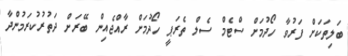
ބަލިތަކަށް ފަރުވާ ހޯދުމަށް ސްޓެމް ސެލް ތެރަޕީ ހޯދުމަށް ރާއްޖެއިން ބޭރަށް ދަތުރުކުރަމުންދާ